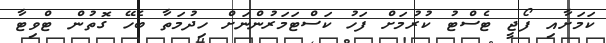
ކަމަށާއި ފޯޖީ ޓެސްޓު ކުރުމަށް ފަހު ކަސްޓަމަރުންނަށް ހިދުމަތާ ބެހޭ ގޮތުން ޓްވިޓާ